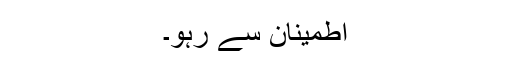
اطمینان سے رہو۔